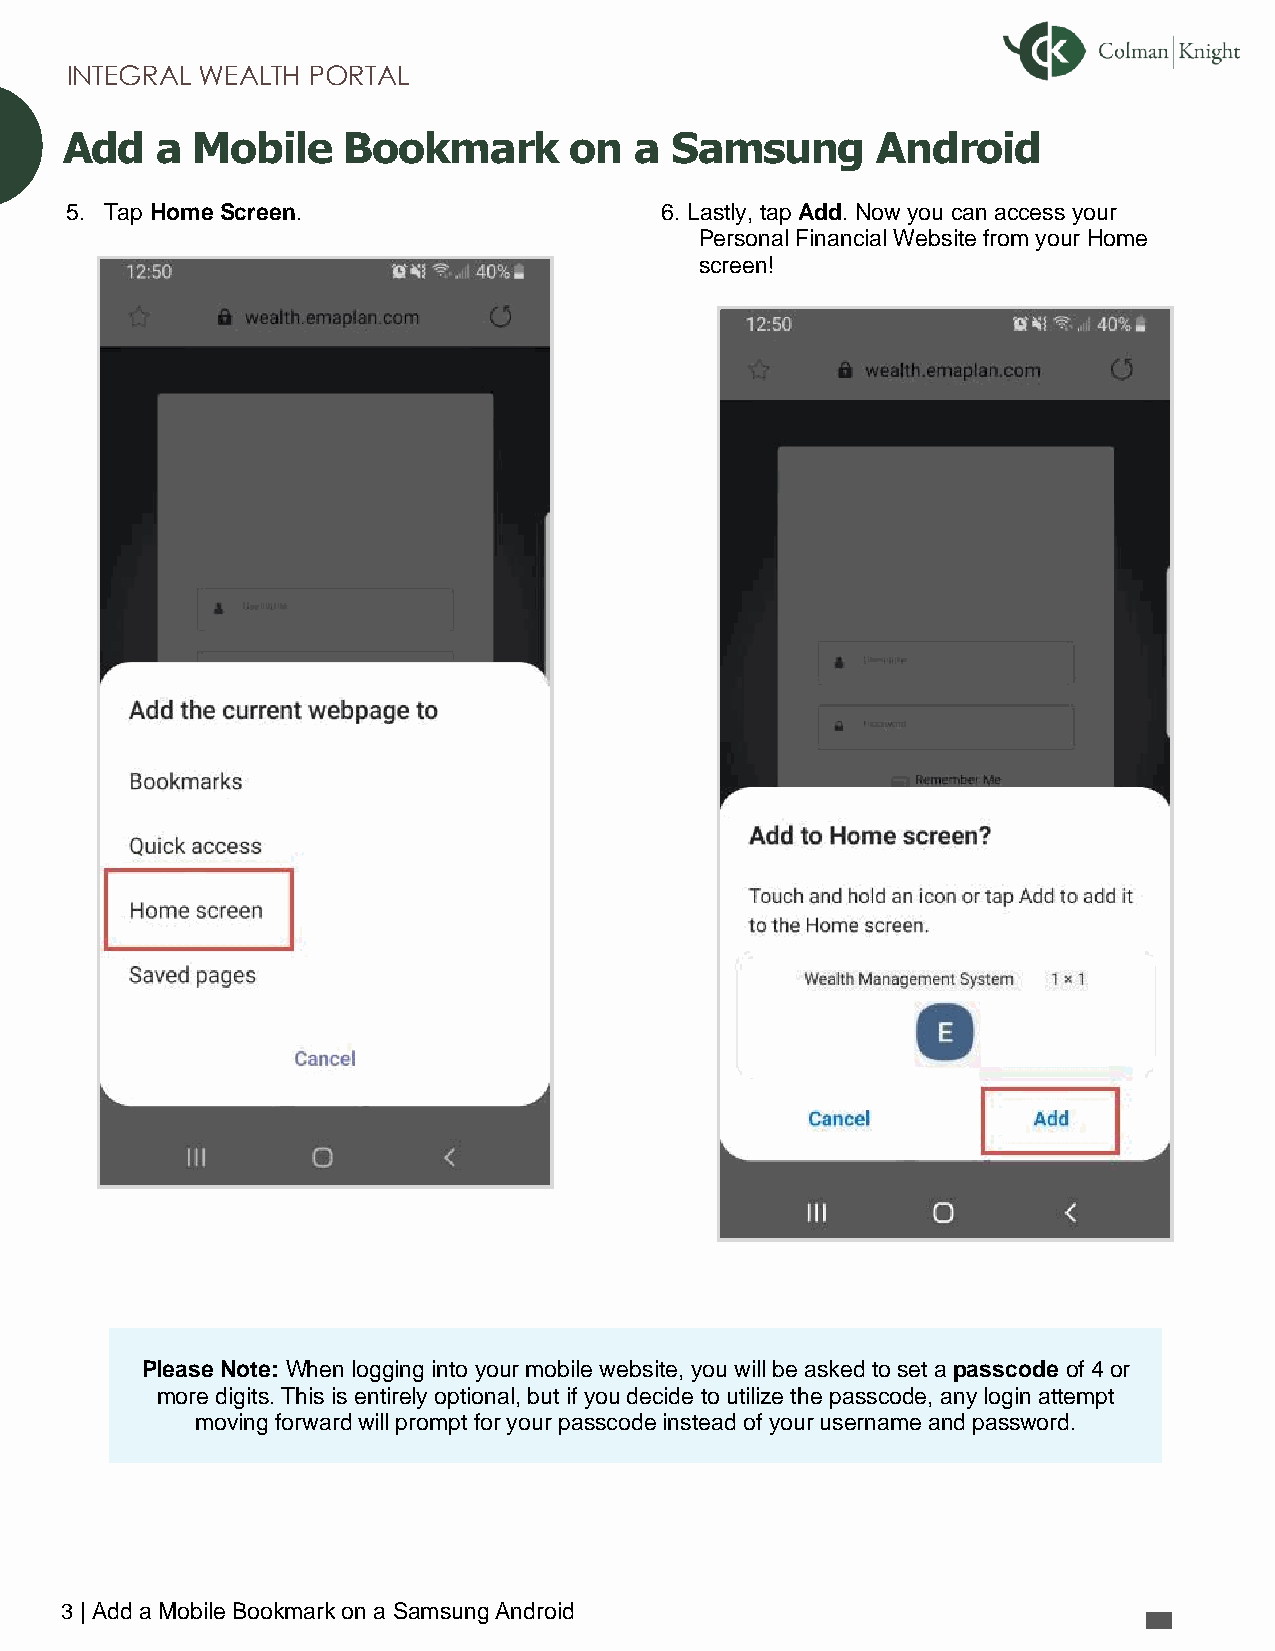
INTEGRAL WEALTH PORTAL
 Add   a  Mobile    Bookmark       on  a Samsung       Android
 5. Tap Home Screen.                     6. Lastly, tap Add. Now you can access your
 Personal Financial Website from your Home
 screen!
 Please Note: When logging into your mobile website, you will be asked to set a passcode of 4 or
 more digits. This is entirely optional, but if you decide to utilize the passcode, any login attempt
 moving forward will prompt for your passcode instead of your username and password.
 3 | Add a Mobile Bookmark on a Samsung Android